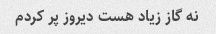
نه گاز زیاد هست دیروز پر کردم